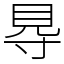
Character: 䙷